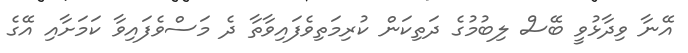
އޭނާ ވިދާޅުވީ ބޭސް ލިބުމުގެ ދަތިކަން ކުރިމަތިވެފައިވާތާ ދެ މަސްވެފައިވާ ކަމަށާއި އޭގެ